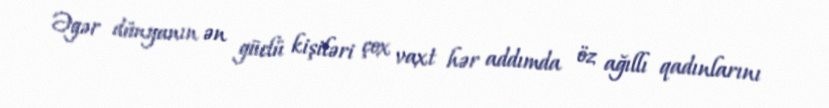
Əgər dünyanın ən güclü kişiləri çox vaxt hər addımda öz ağıllı qadınlarını